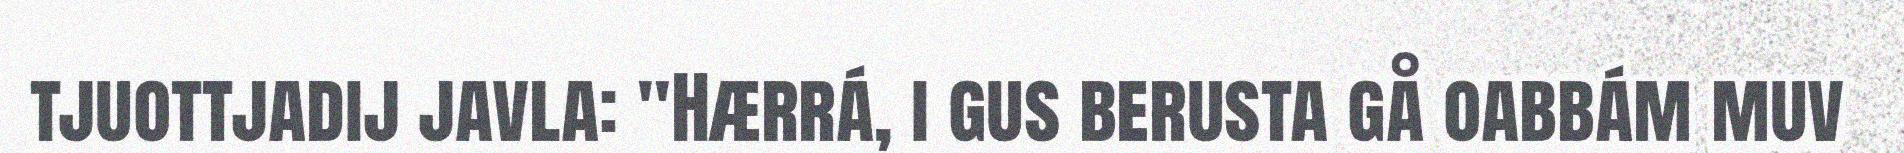
tjuottjadij javla: "Hærrá, i gus berusta gå oabbám muv